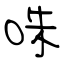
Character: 咮